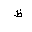
Letter: _za